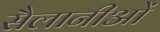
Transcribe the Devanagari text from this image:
सैलानीओं